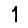
Digit: 1